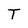
Character: T